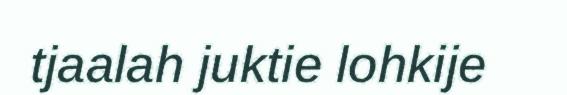
tjaalah juktie lohkije